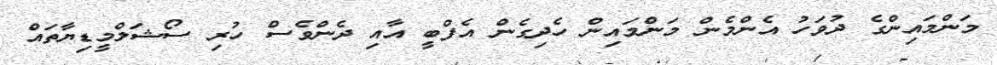
މަންމައިންގެ ދުވަހު އެންމެން މަންމައިން ހެދިގެން އެފްބީ އާއި ދެންވެސް ހުރި ސޯޝަލްމީޑިޔާތައް